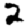
Digit: 2